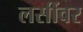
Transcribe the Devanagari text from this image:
लसींवर